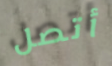
أتصل